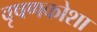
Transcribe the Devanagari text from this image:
वृषणकोशा